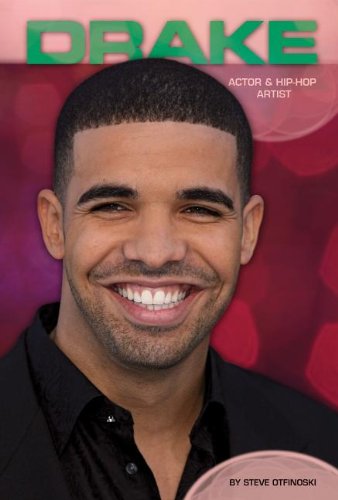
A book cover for Drake: Actor & Hip-Hop Artist (Contemporary Lives); Steve Otfinoski; Teen & Young Adult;